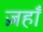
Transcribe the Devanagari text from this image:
ज़हाँ